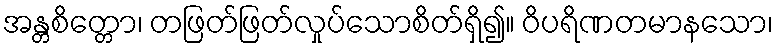
အန္တစိတ္တော၊ တဖြတ်ဖြတ်လှုပ်သောစိတ်ရှိ၍။ ဝိပရိဏတမာနသော၊